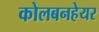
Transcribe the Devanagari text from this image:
कोलबनहेयर